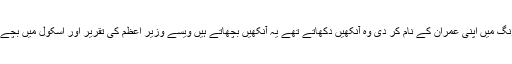
پتہ نہیں شہید ضیاء نے کس ترنگ میں اپنی عمران کے نام کر دی وہ آنکھیں دکھاتے تھے یہ آنکھیں بچھاتے ہیں ویسے وزیر اعظم کی تقریر اور اسکول میں بچے کی تقریر میں فرق ہی کیا ہے۔